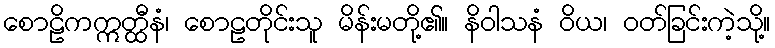
စောဠိကဣတ္ထီနံ၊ စောဠတိုင်းသူ မိန်းမတို့၏။ နိဝါသနံ ဝိယ၊ ဝတ်ခြင်းကဲ့သို့။